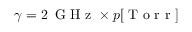
\gamma = 2 \, \mathrm { ~ G ~ H ~ z ~ } \times p [ \mathrm { ~ T ~ o ~ r ~ r ~ } ]